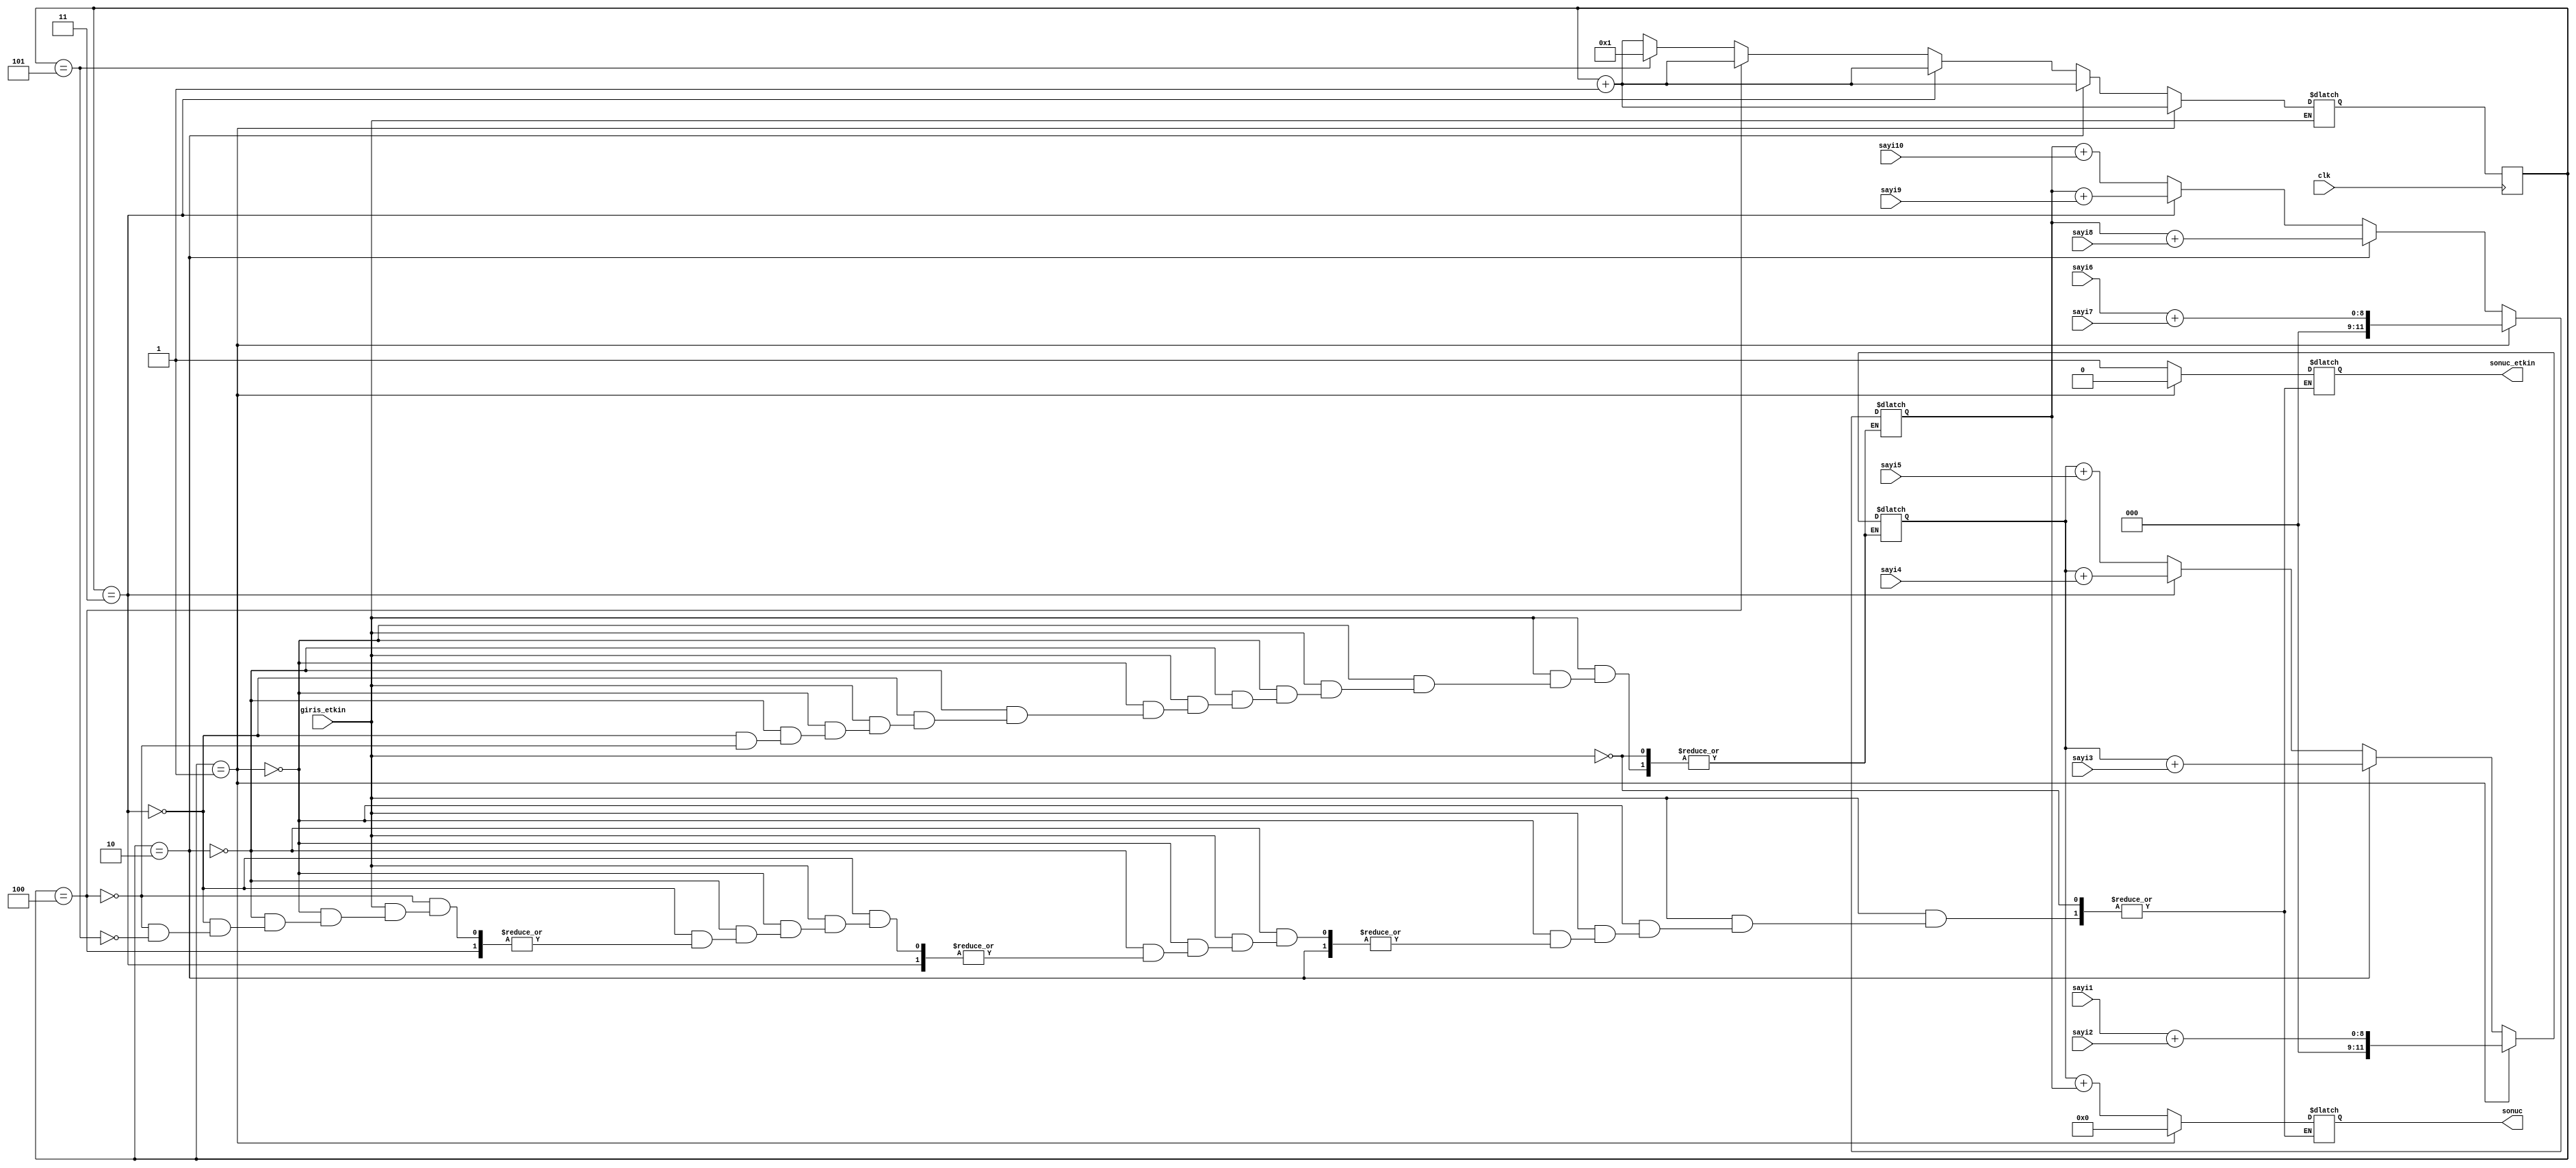
`timescale 1ns / 1ps

// Number: 191101002

module duz_toplama #(parameter N=8)(
    input clk,
    input [N-1:0] sayi1,
    input [N-1:0] sayi2,
    input [N-1:0] sayi3,
    input [N-1:0] sayi4,
    input [N-1:0] sayi5,
    input [N-1:0] sayi6,
    input [N-1:0] sayi7,
    input [N-1:0] sayi8,
    input [N-1:0] sayi9,
    input [N-1:0] sayi10,
    input giris_etkin,
    output [N+3:0] sonuc,
    output sonuc_etkin
    );
    
    // yazmaclar
    reg [N+3:0] sum1 = 0;
    reg [N+3:0] sum2 = 0;
    reg [31:0]  cevrim;
    reg [31:0]  cevrim_sonraki = 1;
    reg [N+3:0] sonuc_reg;
    reg sonuc_etkin_reg;
    
    // output assign
    assign sonuc = sonuc_reg;
    assign sonuc_etkin = sonuc_etkin_reg;
    
    always@(cevrim) begin
        
        // giris etkin = mantik-1
        if(giris_etkin == 1'b1) begin
            
            // giris etkin mantik-1 olmasi durumunda islemler gerceklesir
            
            // sonraki cevrim
            cevrim_sonraki = cevrim + 1;
            
            // cevrim = 1
            if(cevrim == 1) begin
                sonuc_etkin_reg = 0;
                sonuc_reg = 0;
                sum1 = sayi1 + sayi2;
                sum2 = sayi6 + sayi7;
            end
            
            // cevrim = 2
            else if(cevrim == 2) begin
                sum1 = sum1 + sayi3;
                sum2 = sum2 + sayi8;
            end
            
            // cevrim = 3
            else if(cevrim == 3) begin
                sum1 = sum1 + sayi4;
                sum2 = sum2 + sayi9;
            end
            
            // cevrim = 4
            else if(cevrim == 4) begin
                sum1 = sum1 + sayi5;
                sum2 = sum2 + sayi10;
            end
            
            // cevrim = 5
            else if(cevrim == 5) begin
                sonuc_reg = sum1 + sum2;
                sonuc_etkin_reg = 1;
                cevrim_sonraki = 1;
            end
        end
    end
    
    // cevrim atmasi yapilir
    always@(posedge clk) begin
        cevrim <= cevrim_sonraki;
    end
    
endmodule